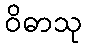
ဝိဓာသု